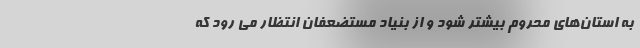
به استان‌های محروم بیشتر شود و از بنیاد مستضعفان انتظار می رود که